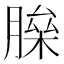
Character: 𦟅